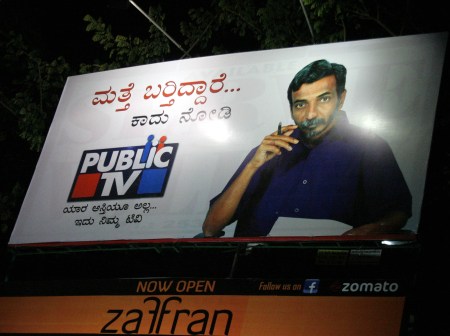
Language: kannada
Transcription: ಬರ್ತಿದ್ದಾರೆ.. ಮತ್ತೆ